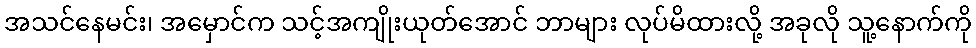
အသင်နေမင်း၊ အမှောင်က သင့်အကျိုးယုတ်အောင် ဘာများ လုပ်မိထားလို့ အခုလို သူ့နောက်ကို